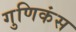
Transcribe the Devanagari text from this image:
गुणिकंस